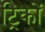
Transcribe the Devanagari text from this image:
ट्रिकों